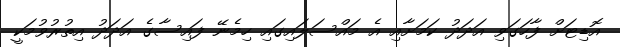
އޮޑިޓަށް ފާހަގަވި އަދަދު ކަމަށާއި އެ މައްސަލައިގައި ހިމެނޭ ފައިސާގެ އަދަދު އިތުރުވުމަކީ